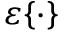
\varepsilon \{ \cdot \}